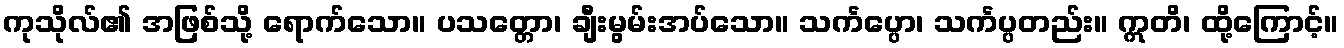
ကုသိုလ်၏ အဖြစ်သို့ ရောက်သော။ ပသတ္တော၊ ချီးမွမ်းအပ်သော။ သင်္ကပ္ပော၊ သင်္ကပ္ပတည်း။ ဣတိ၊ ထို့ကြောင့်။